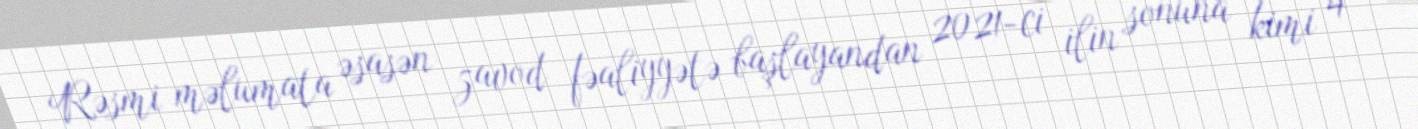
Rəsmi məlumata əsasən zavod fəaliyyətə başlayandan 2021-ci ilin sonuna kimi 4